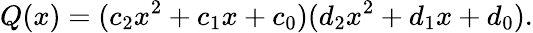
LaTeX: Q(x)=(c_{2}x^{2}+c_{1}x+c_{0})(d_{2}x^{2}+d_{1}x+d_{0}).